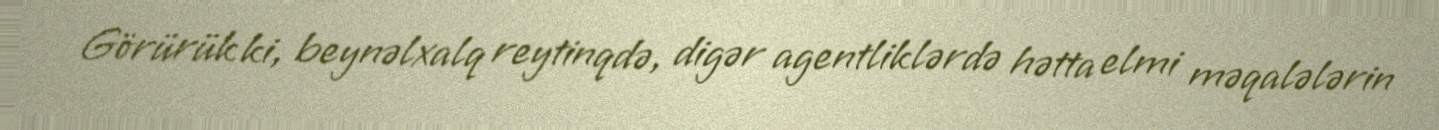
Görürük ki, beynəlxalq reytinqdə, digər agentliklərdə hətta elmi məqalələrin